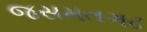
જસમતગઢ